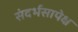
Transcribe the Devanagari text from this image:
संदर्भसापेक्ष